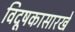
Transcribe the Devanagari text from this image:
विदूषकासारखे